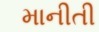
માનીતી